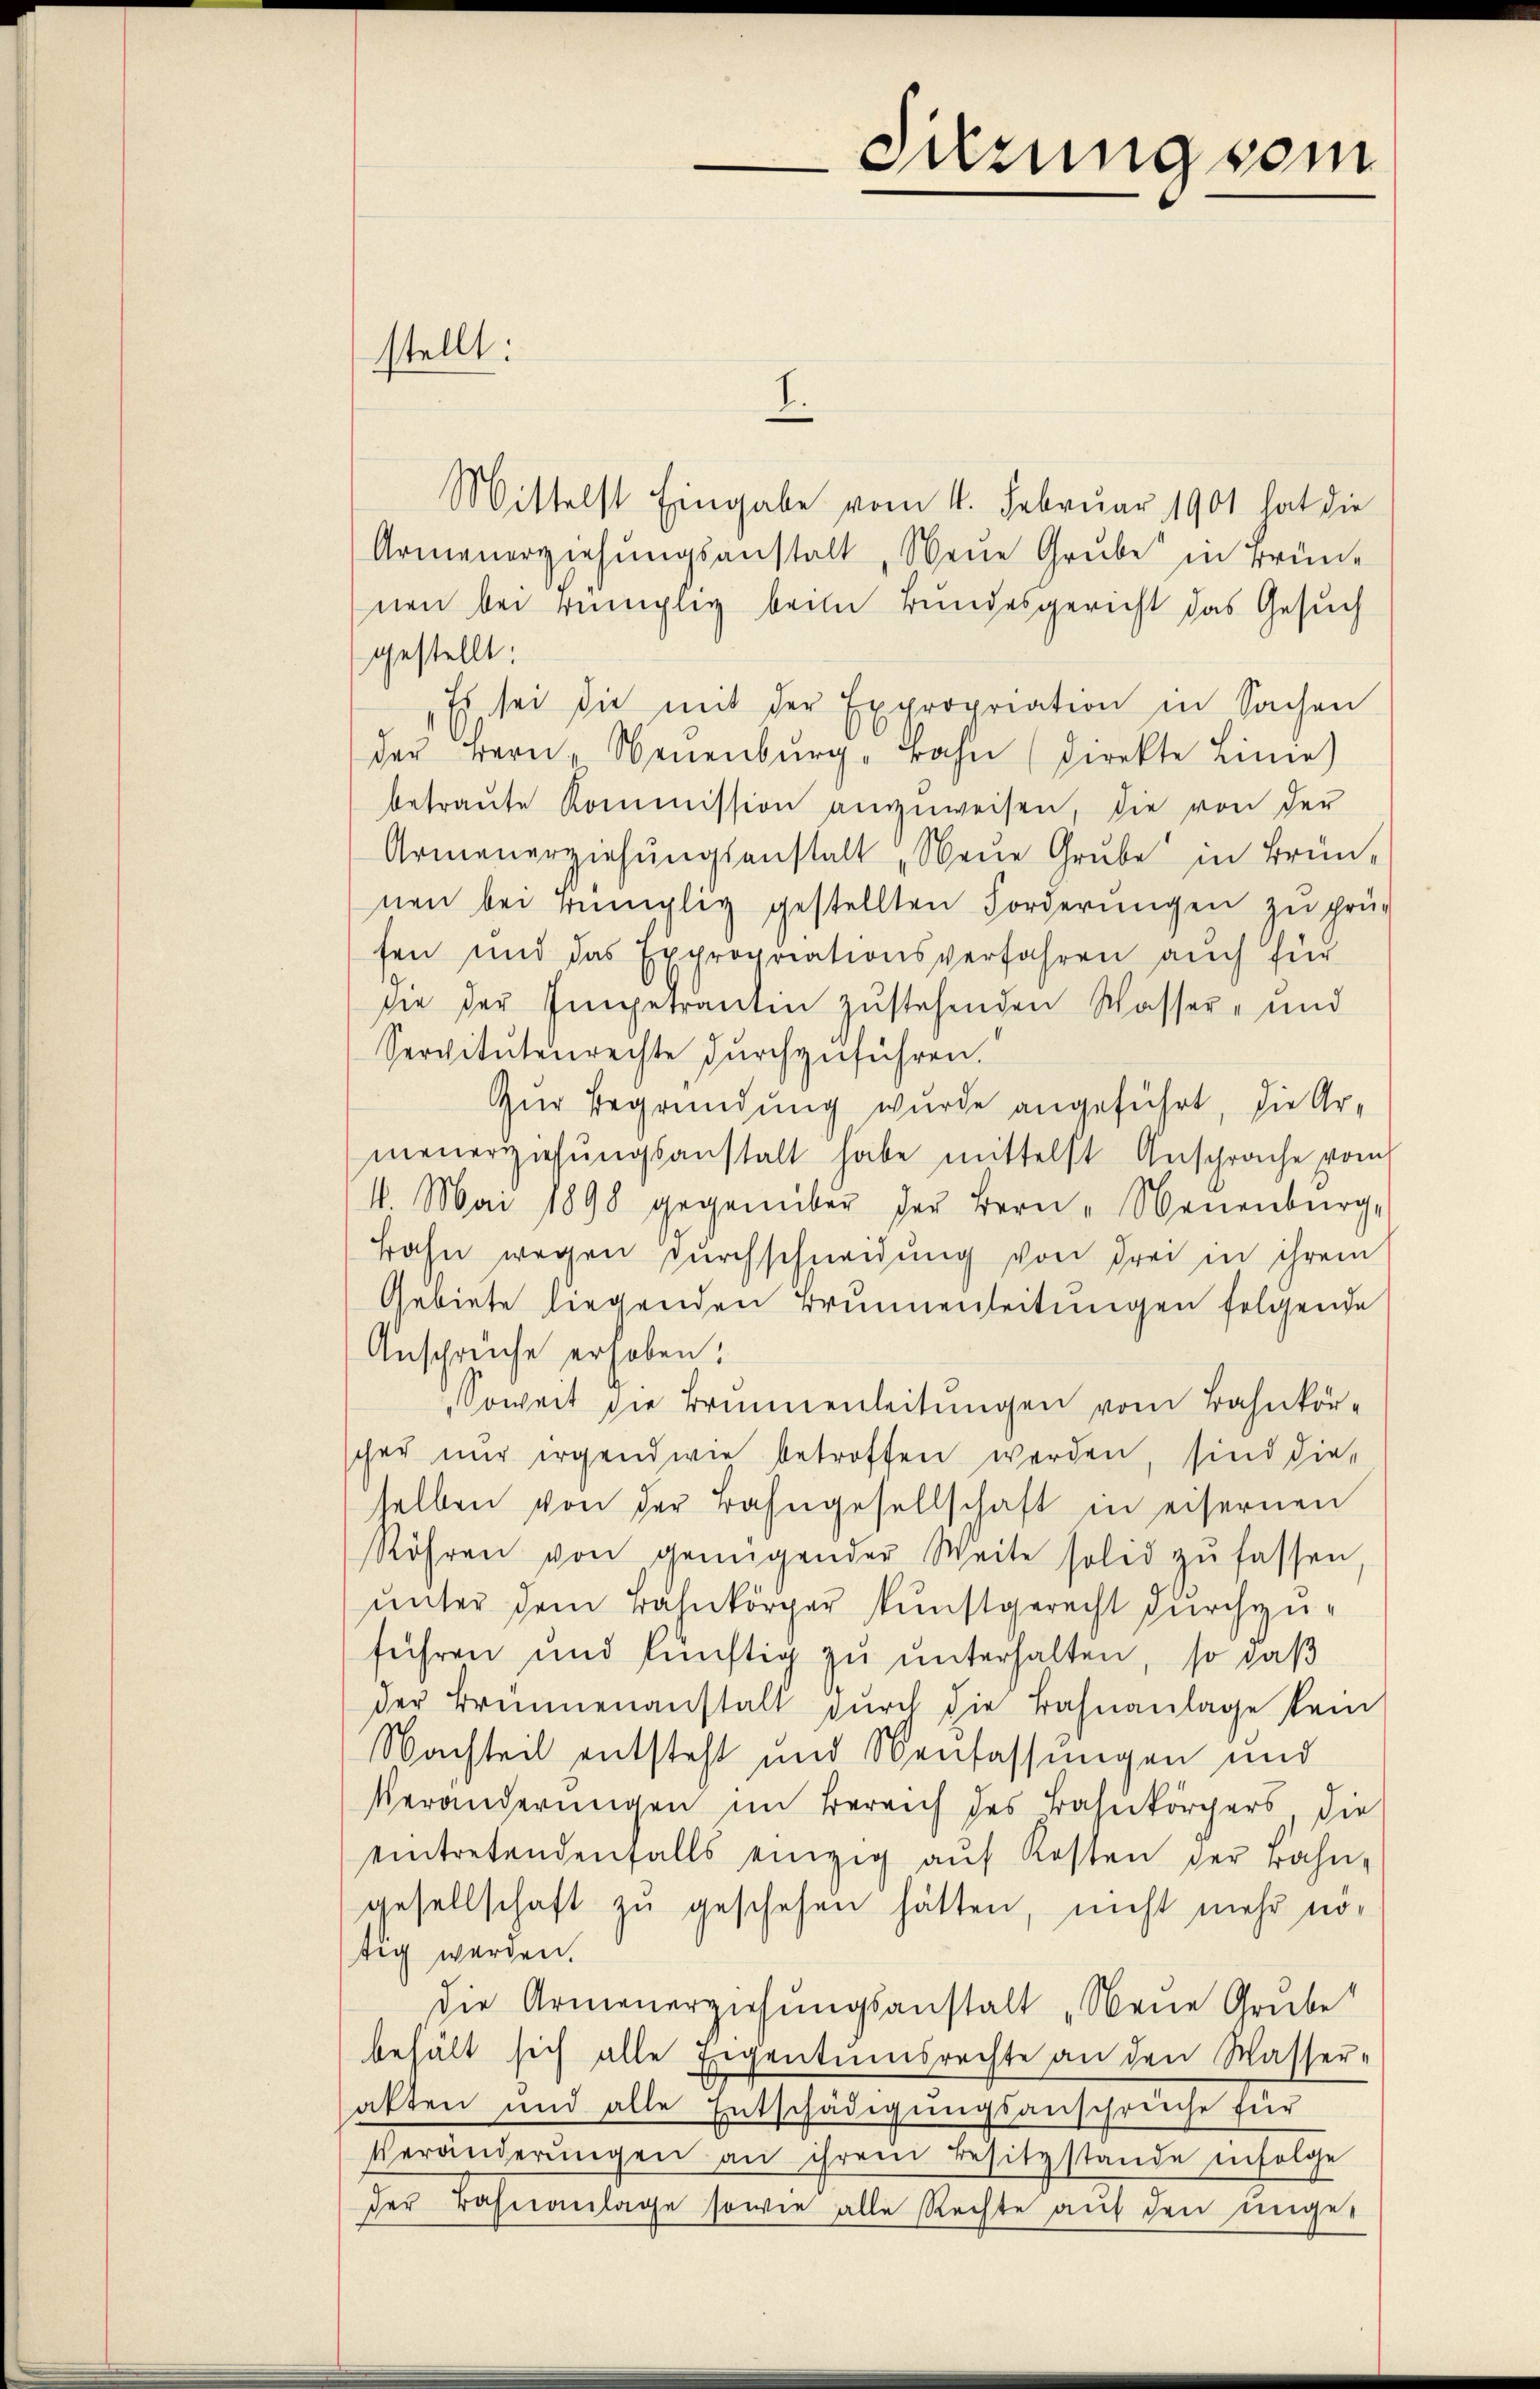
stellt:

I.
Mittelst Eingabe vom 4. Februar 1901 hat die
Armenerziehŭngsanstalt, Neue Grube in Brünnen bei ringlig beim Bundesgericht das Gesuch
gestellt:
„Es sei die mit der Expropriation in Sachen
der Bern, Neuenburg, Bahn (direkte Linie)
betraŭte Kommission anzŭweisen, die von der
Armenerziehungsanstalt „Neue Grube in Brunnen bei ringlich gestellten Forderungen zu prüg
fen und das Expropriationsverfahren auch für
sie der Impetrantin zustehenden Wasser- und
Servitutenrechte durchzuführen.
Zur Begründung wurde angeführt, die Armenerziehungsanstalt habe mittelst Ansprache vom
16. Mai 1898 gegenüber der Bern, Neuenburg,
Bahn wegen dŭrchschneidung von drei in ihrem
Gebiete liegenden Brunnenleitungen folgende
Anspruche erhoben.
Soweit die Brunnenleitungen vom Bahnkorscher nur irgendwie betroffen werden, sind die-
selben von der Bahngesellschaft in eisernen
Röhren von genügender Weite solid zŭ fassen,
unter dem Bahnkörper kunstgerecht durchzuführen und künftig zu unterhalten, so daß
der Brunnenanstalt dŭrch die Bahnanlage kein
Nachteil entsteht und Neufassungen und
Veränderungen im Bereich des Bahnkörpers die
eintretendenfalls einzig aŭf Kosten der Bahn-
gesellschaft zu geschehen hätten, nicht mehr nötig werden.
die Armenerziehungsanstalt „Neue Grube
behält sich alle Eigentumsrechte an den Wasser-
akten und alle Entschädigungsanschreiche für
Veränderŭngen an ihrem Besitzstande infolge
der Bahnanlage sowie alle Rechte auf den unge-

Sitzung vom